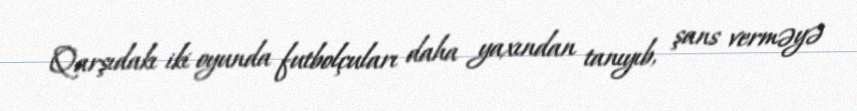
Qarşıdakı iki oyunda futbolçuları daha yaxından tanıyıb, şans verməyə